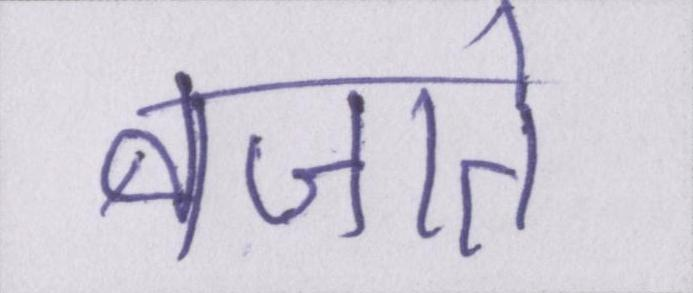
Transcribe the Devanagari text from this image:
बजाते